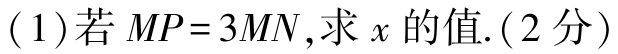
(1)若 \(MP = 3MN\),求 \(x\) 的值.(2分)